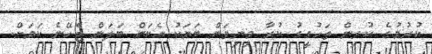
ކުރުމުގެ ކުރިން ތަހުގީގު ކުރާ މިނިވަން ބަޔަކު އެކަން ބަލަން ޖެހޭނެ ކަމަށް.